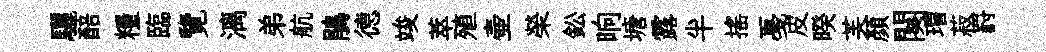
驪醅糧臨覽漓弟航鵑德竣萃殖壷榮鈆晌塘露半摇戞皮暌芙顔闋瑁菽罸